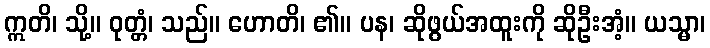
ဣတိ၊ သို့။ ဝုတ္တံ၊ သည်။ ဟောတိ၊ ၏။ ပန၊ ဆိုဖွယ်အထူးကို ဆိုဦးအံ့။ ယသ္မာ၊